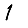
Digit: 1